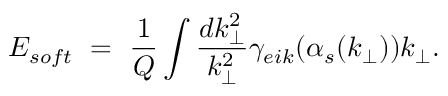
E _ { s o f t } ~ = ~ { \frac { 1 } { Q } } \int { \frac { d k _ { \perp } ^ { 2 } } { k _ { \perp } ^ { 2 } } } \gamma _ { e i k } ( \alpha _ { s } ( k _ { \perp } ) ) k _ { \perp } .